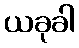
ယခုခါ